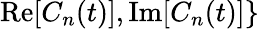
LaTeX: \mathrm{Re}[C_{n}(t)],\mathrm{Im}[C_{n}(t)]\}